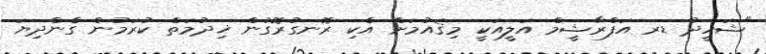
"ޝަހީދު ޑރ އަފްރާޝީމް އަލީއަކީ މިޤައުމަށް އެކި ރޮނގުރޮގުން ޚިދުމަތް ކުރަމުން ގެންދިޔަ